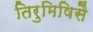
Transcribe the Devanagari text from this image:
तिरुमिषिसै